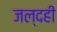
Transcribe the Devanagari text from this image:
जल्दही